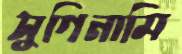
সুগিনামি